Sanitation, dispensaries and jails vaccination Rajputana 1922-1927 - 1922-1927
Year: 1922
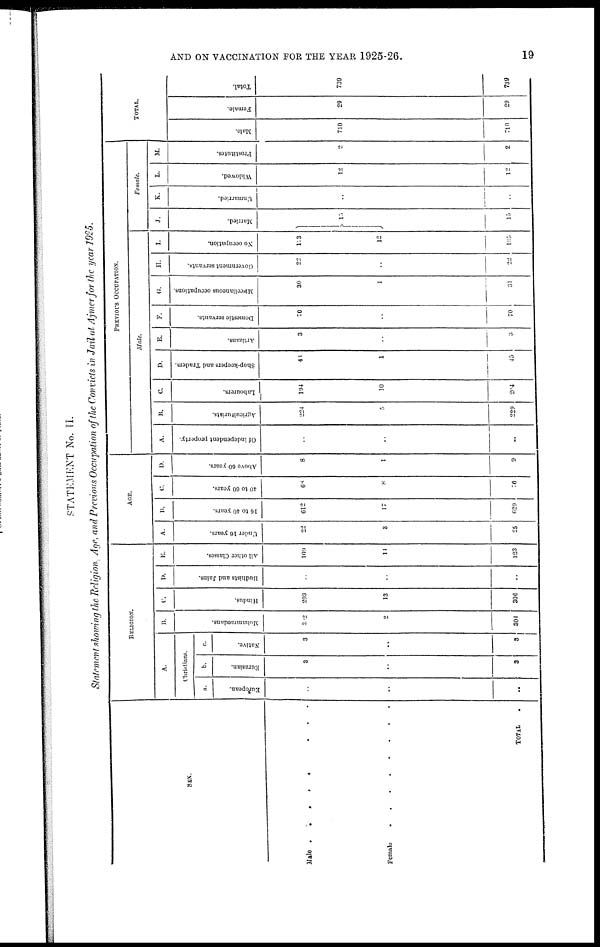
AND ON VACCINATION FOR THE YEAR 1925-26.
19
STATEMENT No. II.
Statement showing the Religion Age, and Previous Occupation of the Convicts in Jail at Ajmer for the year 1925.
SEX.
Male
........
Female
........
TOTAL .
RELIGION.
A.
Christians.
a.
European.
..
..
..
b.
Eurasian.
3
..
3
c.
Native.
3
..
3
B.
Mohammedans.
302
2
304
C.
Hindus.
293
13
306
D.
Budhists and Jains.
..
..
..
E.
All other Classes.
109
14
123
AGE.
A.
Under 16 years.
22
3
25
B.
16 to 40 years.
612
17
629
C.
40 to 60 years.
68
8
76
D.
Above 60 years.
8
1
9
PREVIOUS OCCUPATION.
Male.
A.
Of independent property.
..
..
..
B.
Agriculturists.
224
5
229
C.
Labourers.
194
10
204
D.
Shop-keepers and Traders.
44
1
45
E.
Artizans.
3
..
3
F.
Domestic servants.
70
..
70
G.
Miscellaneous occupations.
30
1
31
H.
Government servants.
22
..
22
I.
No occupation.
123
12
135
Female.
J.
Married.
15
15
K.
Unmarried.
..
..
L.
Widowed.
12
12
M.
Prostitutes.
2
2
TOTAL.
Male.
710
710
Female.
29
29
Total.
739
739